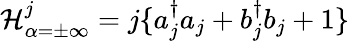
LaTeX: {\cal H}_{\alpha=\pm\infty}^{j}=j\{ a_{j}^{\dagger}a_{j}+b_{j}^{\dagger}b_{j}+1\}